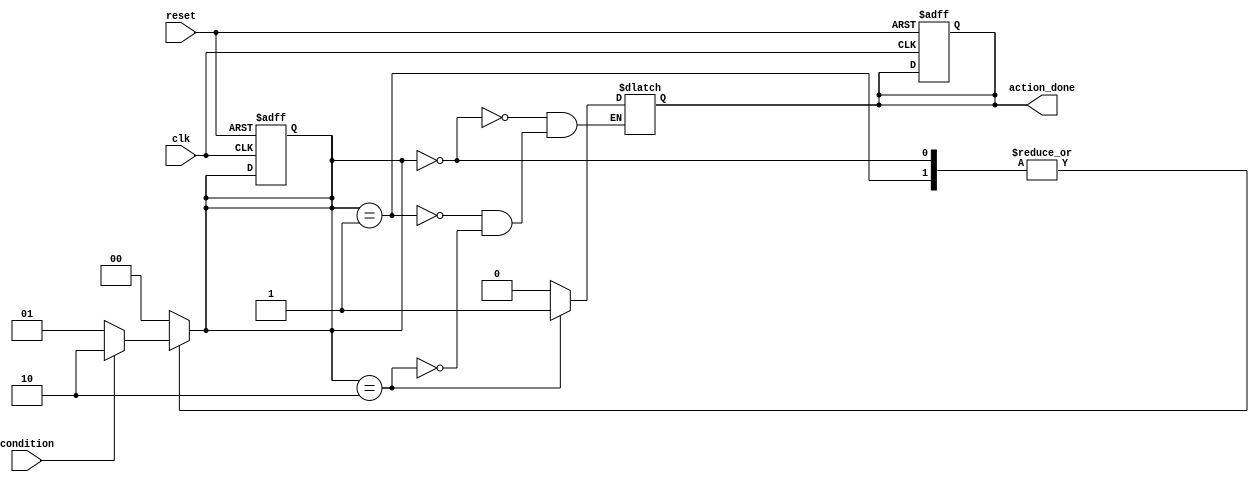
module conditional_wait_example (
    input wire clk,           // Clock signal for synchronous operations
    input wire reset,         // Reset signal
    input wire condition,     // Condition signal to wait for
    output reg action_done    // Output signal indicating action is done
);

// State declaration
reg [1:0] state;

// State encoding
localparam IDLE = 2'b00,
           WAIT = 2'b01,
           ACTION = 2'b10;

// Always block for state machine
always @(*) begin
    case (state)
        IDLE: begin
            action_done = 0; // Action not done
            if (condition) begin
                state = ACTION; // Transition to action state if condition is true
            end else begin
                state = WAIT; // Stay in wait state
            end
        end
        
        WAIT: begin
            action_done = 0; // Action not done
            if (condition) begin
                state = ACTION; // Transition to action state if condition is true
            end else begin
                state = WAIT; // Stay in wait state
            end
        end
        
        ACTION: begin
            action_done = 1; // Action is done
            state = IDLE; // Transition back to idle state after action
        end
        
        default: begin
            state = IDLE; // Default state
        end
    endcase
end

// Synchronous process to update state on clock edge
always @(posedge clk or posedge reset) begin
    if (reset) begin
        state <= IDLE; // Reset state to IDLE
        action_done <= 0; // Reset action done signal
    end else begin
        // Update state based on the combinational logic
        state <= state;
    end
end

endmodule